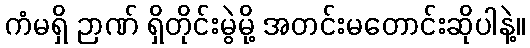
ကံမရှိ ဉာဏ် ရှိတိုင်းမွဲမို့ အတင်းမတောင်းဆိုပါနဲ့။